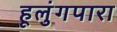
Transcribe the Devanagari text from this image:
हूलुंगपारा